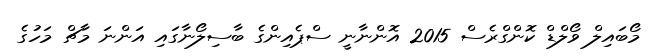
މޯބައިލް ވޯލްޑް ކޮންގްރެސް 2015 އޮންނާނީ ސްޕެއިންގެ ބާސިލޯނާގައި އަންނަ މާޗް މަހުގެ